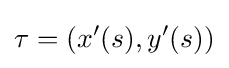
\tau =\left(x'(s),y'(s)\right)